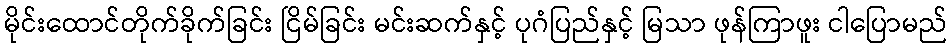
မိုင်းထောင်တိုက်ခိုက်ခြင်း ငြိမ်ခြင်း မင်းဆက်နှင့် ပုဂံပြည်နှင့် မြသာ ဖုန်ကြာဖူး ငါပြောမည်